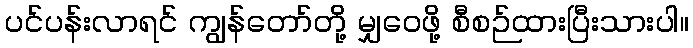
ပင်ပန်းလာရင် ကျွန်တော်တို့ မျှဝေဖို့ စီစဉ်ထားပြီးသားပါ။